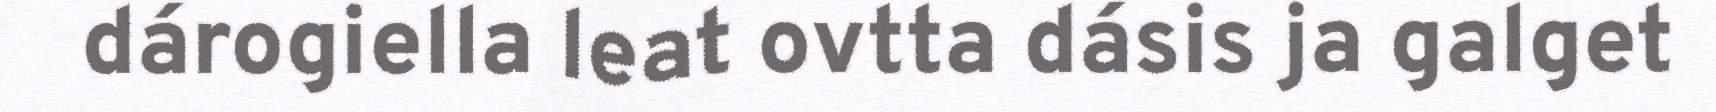
dárogiella leat ovtta dásis ja galget